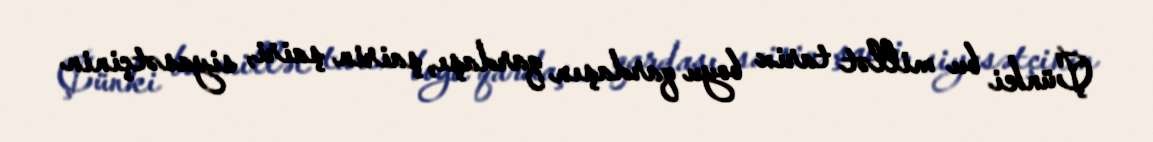
Çünki bu millət tarix boyu qardaşın qardaşı, şairin şairi, siyasətçinin